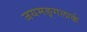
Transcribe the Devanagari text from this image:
जयमङ्गलार्क